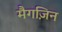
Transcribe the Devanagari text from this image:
मैगज़िन